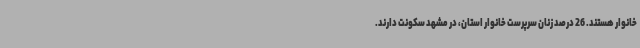
خانوار هستند. 26 درصد زنان سرپرست خانوار استان، در مشهد سکونت دارند.